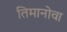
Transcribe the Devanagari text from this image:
तिमानोवा